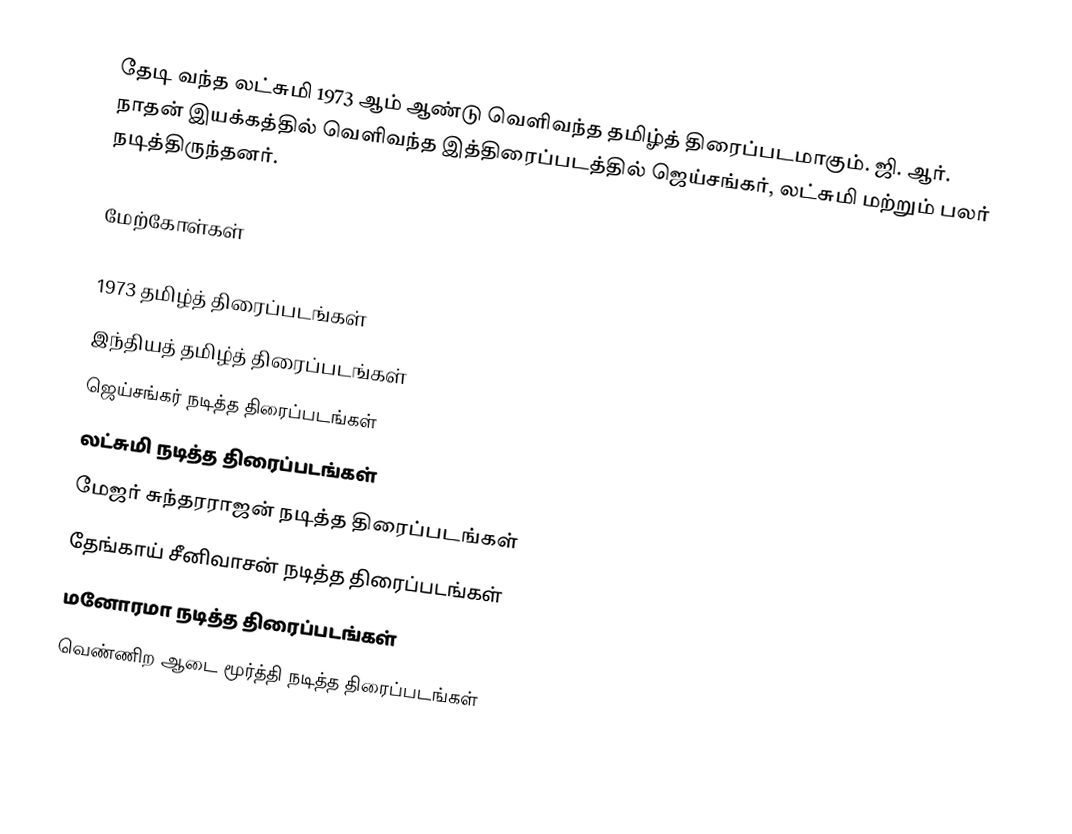
தேடி வந்த லட்சுமி 1973 ஆம் ஆண்டு வெளிவந்த தமிழ்த் திரைப்படமாகும். ஜி. ஆர். நாதன் இயக்கத்தில் வெளிவந்த இத்திரைப்படத்தில் ஜெய்சங்கர், லட்சுமி மற்றும் பலர் நடித்திருந்தனர்.

மேற்கோள்கள்

1973 தமிழ்த் திரைப்படங்கள்
இந்தியத் தமிழ்த் திரைப்படங்கள்
ஜெய்சங்கர் நடித்த திரைப்படங்கள்
லட்சுமி நடித்த திரைப்படங்கள்
மேஜர் சுந்தரராஜன் நடித்த திரைப்படங்கள்
தேங்காய் சீனிவாசன் நடித்த திரைப்படங்கள்
மனோரமா நடித்த திரைப்படங்கள்
வெண்ணிற ஆடை மூர்த்தி நடித்த திரைப்படங்கள்